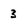
Character: 3